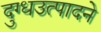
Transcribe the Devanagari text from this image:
दुग्धउत्पादने